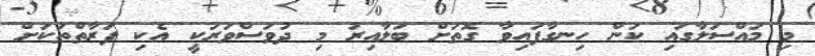
މި މައްސަލާގައި ކަން ހިނގާފައިވާ ގޮތަށް ބަލާއިރު މި ދުވަސްވަރަކީ އެކި ފަރާތްތަކަށް